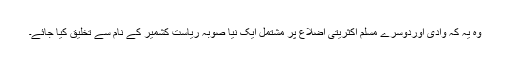
وہ یہ کہ وادی اوردوسرے مسلم اکثریتی اضلاع پر مشتمل ایک نیا صوبہ ریاستِ کشمیر کے نام سے تخلیق کیا جائے۔